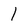
Character: 1